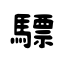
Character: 驃